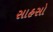
સાહસો